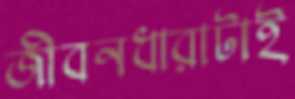
জীবনধারাটাই